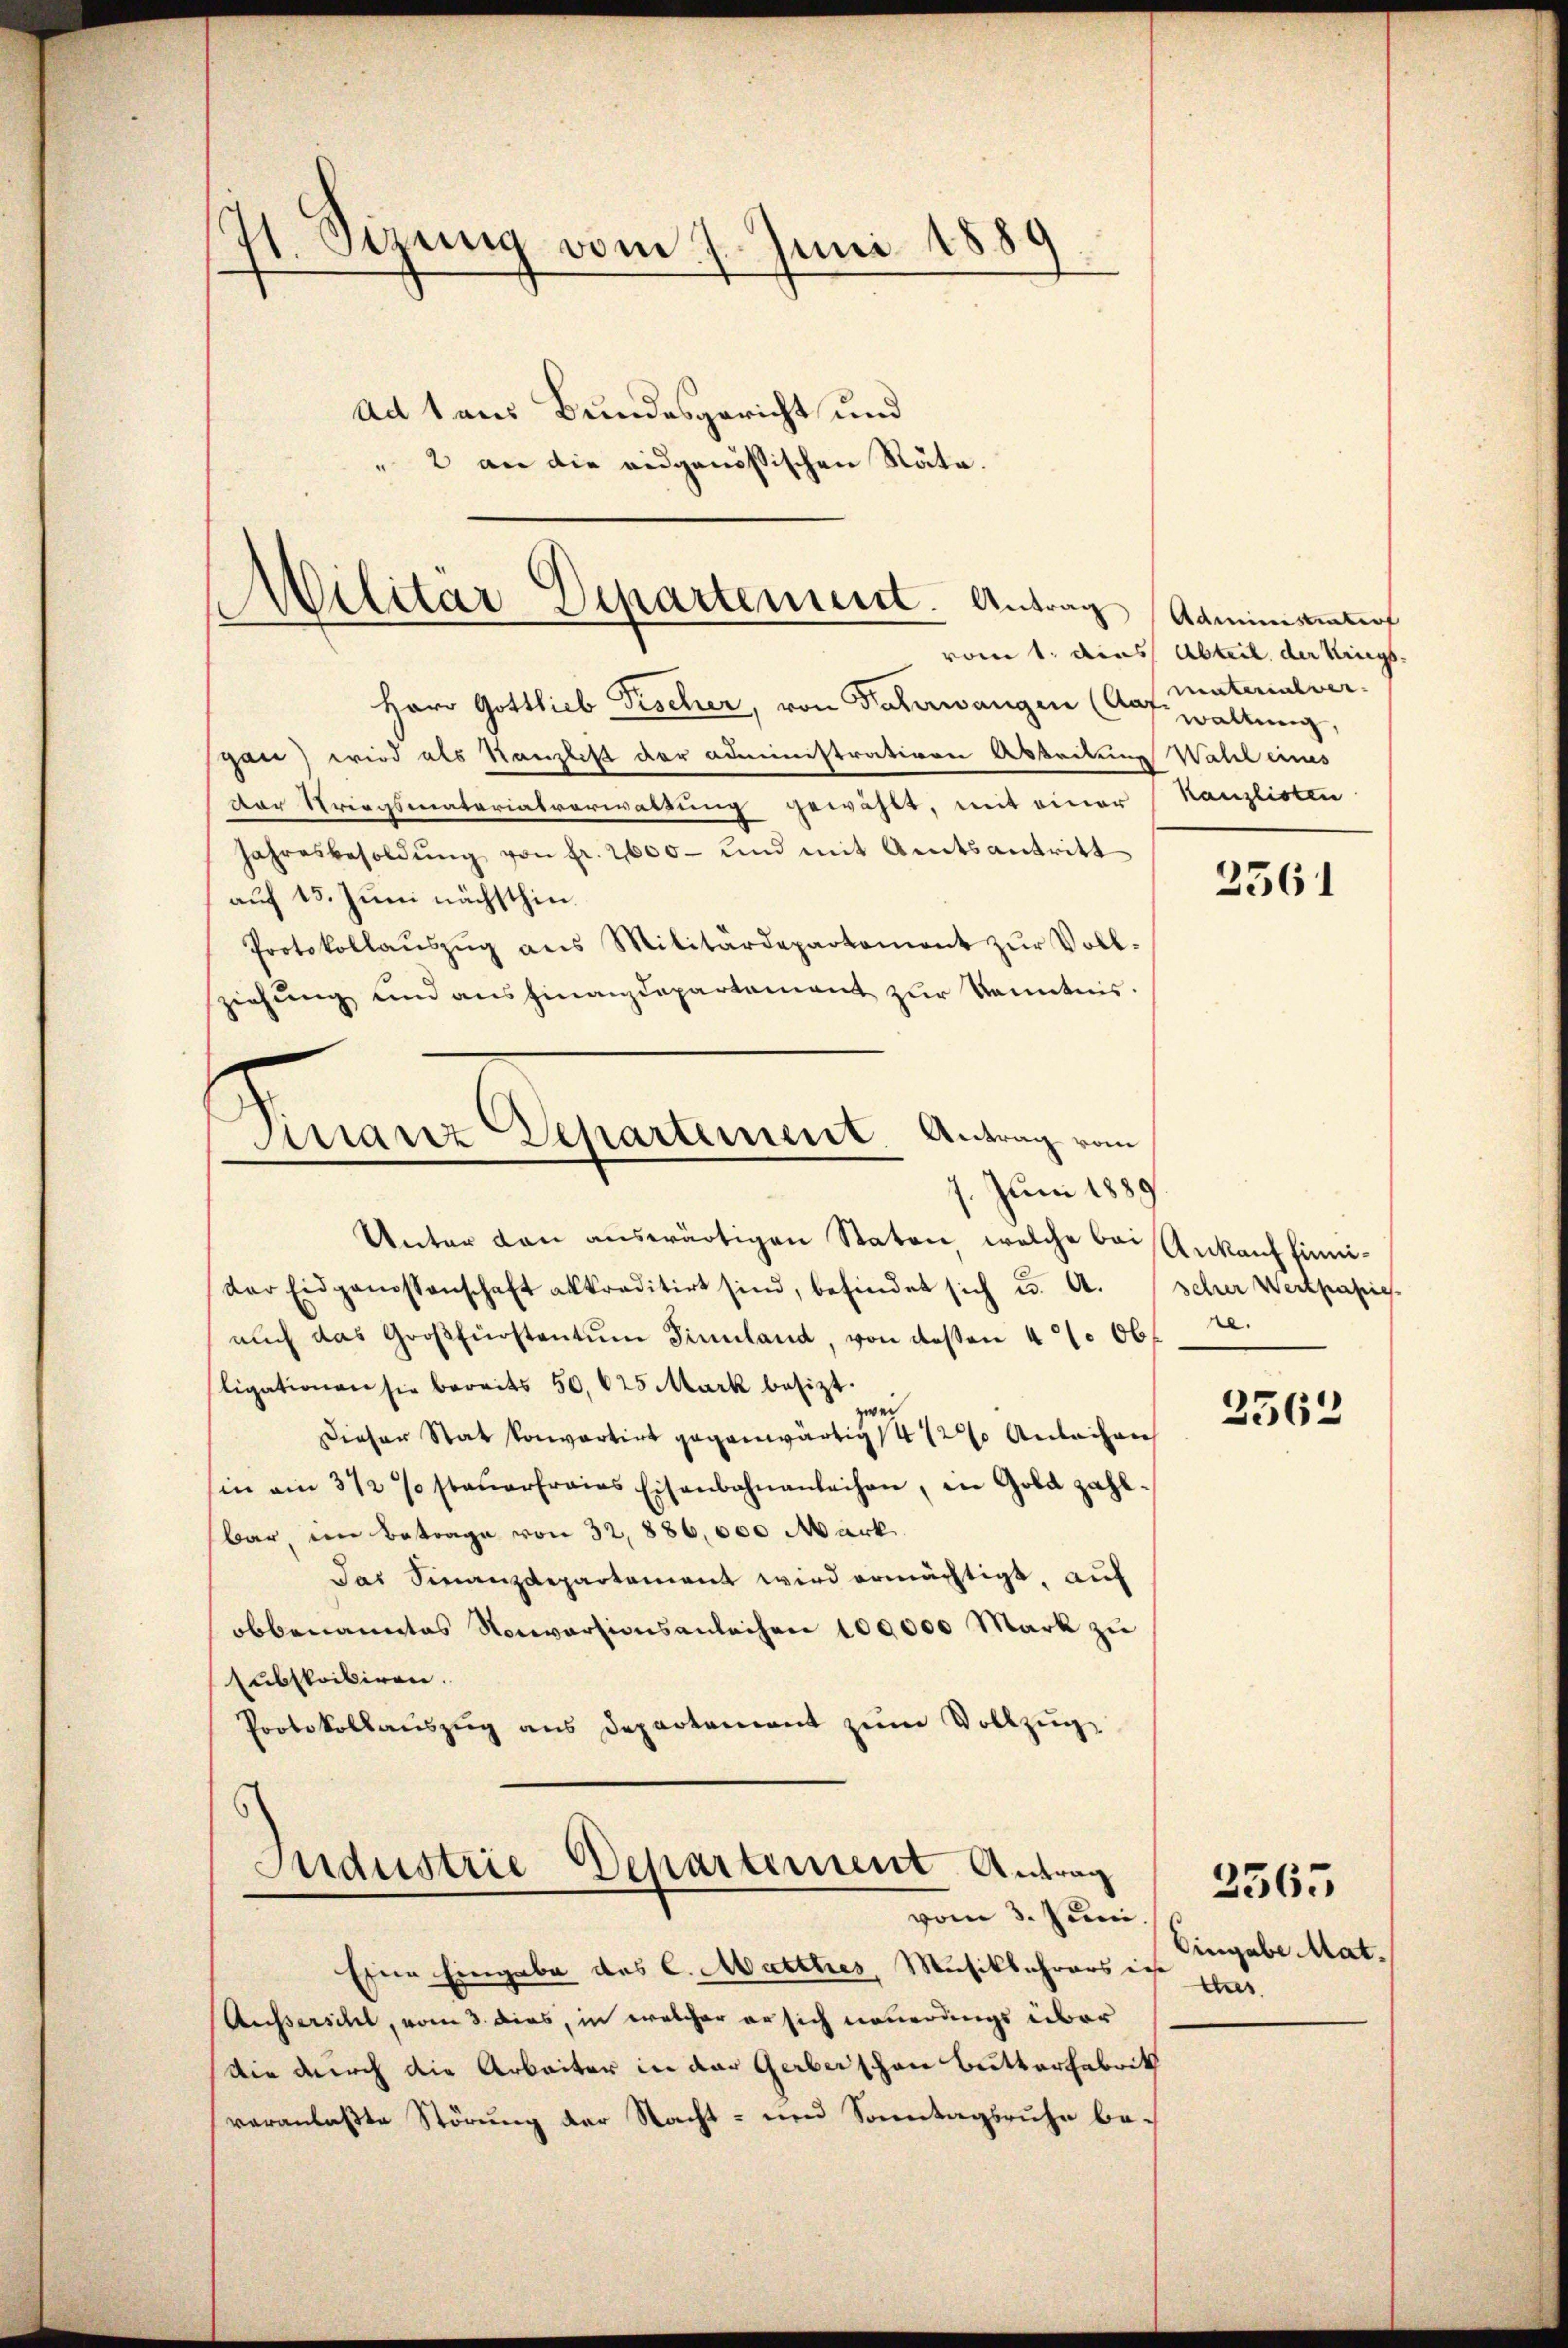
11. Sizung vom 7. Juni 1889
Ad 1 aus Bundesgericht und
2 an die eidgenössischen Räte.

Herr Gottlieb Fischer, von Paterwangen (Auf Materialver-
gan) wird als Kanzlist der Administrativen Abdeckung Wahl eines
Der Striegsmaterialverwaltung gewählt, mit einer Kanzlisten
Jahresbesoldŭng von fr. 2600- und mit Amtsantritt
auf 13. Juni nächsthin.
Protokollaŭszŭg ans Militärdepartement zŭr Voll-
ziehung und ausfinanzdepartement zŭr Kenntnis.
7. Juni 1889
Unter den auswärtigen Staten welche bei Ankauffinnider Eidgenossenschaft alkraditirt sind, befindet sich u. A. Scher Wertpapie
aŭch das Großfürstentum Finnland, von dessen 4 Ob. 22.
ligationen sie bereits 50, 625 Mark besizt.
zwei
Dieser Stat konvartirt gegenwärtig 4 1/2% Anleihen
hin am 312 so steŭerfraias Eisenbahnanleihen, in Gold zahlbar ein Betrage von 32, 886,000 Mark
Das Finanzdepartement wird ermächtigt, auf
obbenanntes Naiversionsanleihen 100,000 Mark zu
subskribiren.
Protokollauszug aus Departement zum Vollzug¬
Sudustrie Departement Antrag

Militar Departement. Antrag Adminiaturf

Finanz Departement Antrag vom
—

vom 3. Juni
Eine Eingabe des C. Marthes, Musiklehrers ist

vom 1. dies Abteil der Kings

waltung,

2561

Ausserscht, vom 3. dies, in welcher er sich neuerungs über
Die durch die Arbeiter in der Gerberschen Butterfabrik
veranlaßte Störung der Nacht- und Sonntagsruhe be¬

2562

Eingabe Mat.

3565